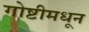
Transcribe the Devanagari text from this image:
गोष्टीमधून